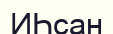
ИҺсан